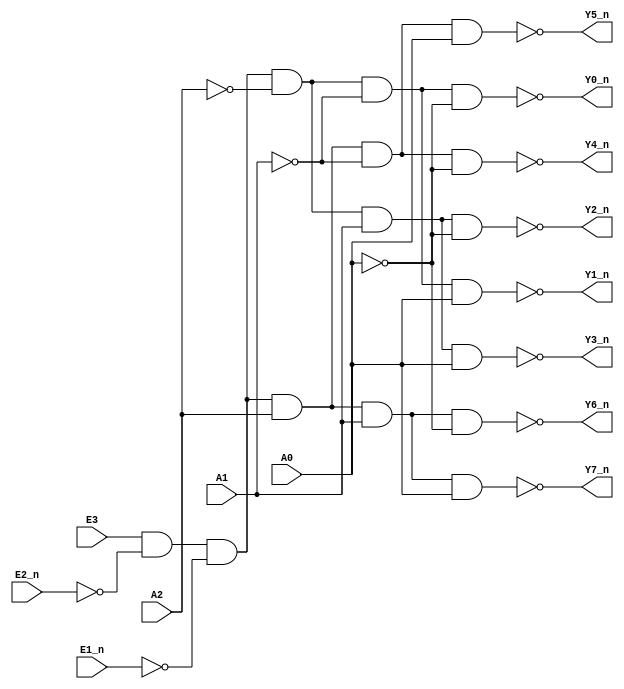
`timescale 1ns/1ns

module decoder_38(
   input             E1_n   ,
   input             E2_n   ,
   input             E3     ,
   input             A0     ,
   input             A1     ,
   input             A2     ,
   
   output wire       Y0_n   ,  
   output wire       Y1_n   , 
   output wire       Y2_n   , 
   output wire       Y3_n   , 
   output wire       Y4_n   , 
   output wire       Y5_n   , 
   output wire       Y6_n   , 
   output wire       Y7_n   
);
wire E ;
assign E = E3 & ~E2_n & ~E1_n;
assign  Y0_n = ~(E & ~A2 & ~A1 & ~A0);
assign  Y1_n = ~(E & ~A2 & ~A1 &  A0);
assign  Y2_n = ~(E & ~A2 &  A1 & ~A0);
assign  Y3_n = ~(E & ~A2 &  A1 &  A0);
assign  Y4_n = ~(E &  A2 & ~A1 & ~A0);
assign  Y5_n = ~(E &  A2 & ~A1 &  A0);
assign  Y6_n = ~(E &  A2 &  A1 & ~A0);
assign  Y7_n = ~(E &  A2 &  A1 &  A0);
     
endmodule

module decoder0(
   input             A     ,
   input             B     ,
   input             C     ,
   
   output wire       L
);
wire Y0,Y1,Y2,Y3,Y4,Y5,Y6,Y7;
decoder_38 sub(.E1_n(1'b0),.E2_n(1'b0),.E3(1'b1),.A0(A),.A1(B),.A2(C),.Y0_n(Y0),
               .Y1_n(Y1),.Y2_n(Y2),.Y3_n(Y3),.Y4_n(Y4),.Y5_n(Y5),.Y6_n(Y6),.Y7_n(Y7)); //0
assign L=!Y3||!Y4||!Y6||!Y7; //0 sum of product
endmodule